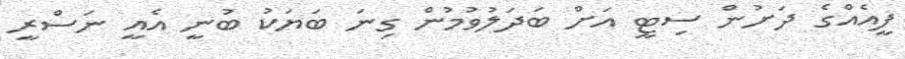
ފީއެއްގެ ދަށުން ސިޓީ އަށް ބަދަލުވުމުން ގިނަ ބަޔަކު ބުނީ އެއީ ނަސްރީ